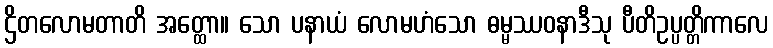
ဌိတလောမတာတိ အတ္ထော။ သော ပနာယံ လောမဟံသော ဓမ္မဿဝနာဒီသု ပီတိဥပ္ပတ္တိကာလေ